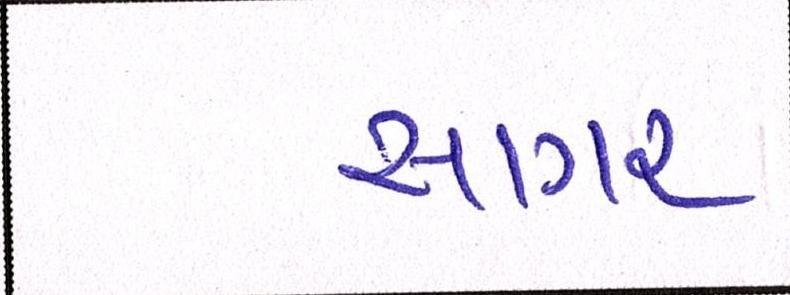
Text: સાગર